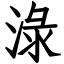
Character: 淥